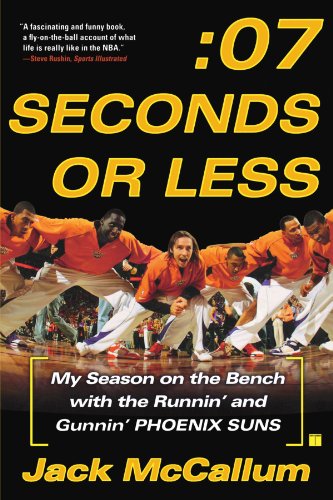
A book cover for Seven Seconds or Less: My Season on the Bench with the Runnin' and Gunnin' Phoenix Suns; Jack McCallum; Sports & Outdoors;